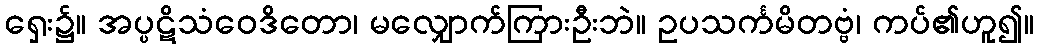
ရှေး၌။ အပ္ပဋိသံဝေဒိတော၊ မလျှောက်ကြားဦးဘဲ။ ဥပသင်္ကမိတဗ္ဗံ၊ ကပ်၏ဟူ၍။